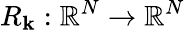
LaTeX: R_{\mathbf{k}}:\mathbb{{R}}^{N}\rightarrow\mathbb{{R}}^{N}